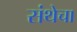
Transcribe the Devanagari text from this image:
संथेचा